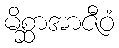
မိစ္ဆာအာဇီဝံ